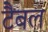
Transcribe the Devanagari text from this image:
टैबल